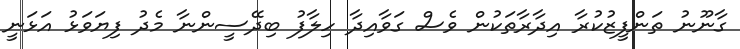
ގާނޫނު ތަންފީޒުކުރާ އިދާރާތަކުން ވެސް ގަވާއިދާ ހިލާފު ބިދޭސީންނާ މެދު ފިޔަވަޅު އަޅަނީ